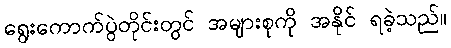
ရွေးကောက်ပွဲတိုင်းတွင် အများစုကို အနိုင် ရခဲ့သည်။